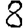
Digit: 8